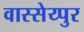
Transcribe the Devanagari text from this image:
वास्सेय्पुर